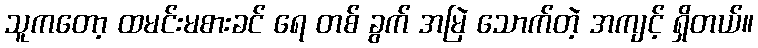
သူကတော့ ထမင်းမစားခင် ရေ တစ် ခွက် အမြဲ သောက်တဲ့ အကျင့် ရှိတယ်။